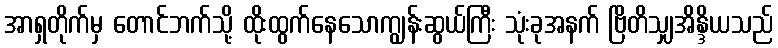
အာရှတိုက်မှ တောင်ဘက်သို့ ထိုးထွက်နေသောကျွန်းဆွယ်ကြီး သုံးခုအနက် ဗြိတိသျှအိန္ဒိယသည်